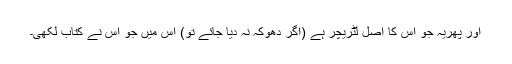
اور پھریہ جو اس کا اصل لٹریچر ہے (اگر دھوکہ نہ دیا جائے تو) اس میں جو اس نے کتاب لکھی۔